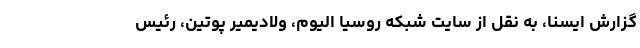
گزارش ایسنا، به نقل از سایت شبکه روسیا الیوم، ولادیمیر پوتین، رئیس